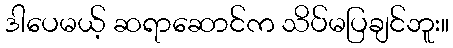
ဒါပေမယ့် ဆရာဆောင်က သိပ်မပြချင်ဘူး။